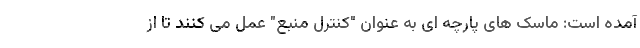
آمده است: ماسک های پارچه ای به عنوان "کنترل منبع" عمل می کنند تا از